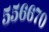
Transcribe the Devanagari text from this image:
५५६६७०